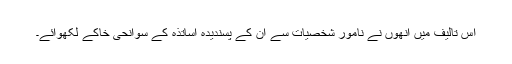
اس تالیف میں انھوں نے نامور شخصیات سے ان کے پسندیدہ اساتذہ کے سوانحی خاکے لکھوائے۔